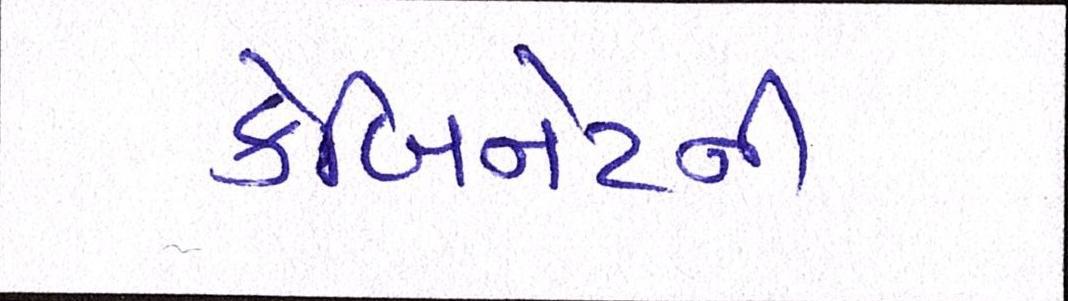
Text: કેબિનેટની